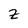
Character: Z